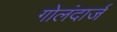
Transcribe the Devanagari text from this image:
गोलंदार्ज